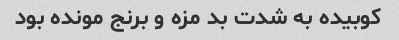
کوبیده به شدت بد مزه و برنج مونده بود